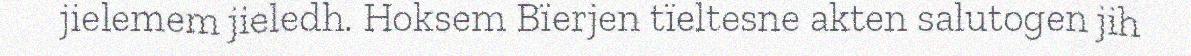
jielemem jieledh. Hoksem Bïerjen tïeltesne akten salutogen jih